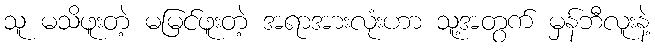
သူ မသိဖူးတဲ့ မမြင်ဖူးတဲ့ အရာအားလုံးဟာ သူ့အတွက် မှန်ဘီလူးနဲ့